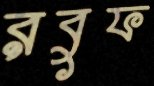
রবুফ